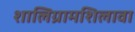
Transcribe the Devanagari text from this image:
शालिग्रामशिलावा